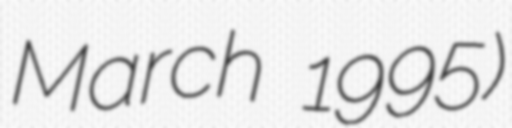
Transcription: March 1995)